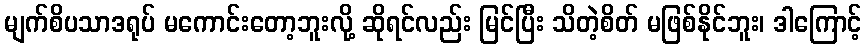
မျက်စိပသာဒရုပ် မကောင်းတော့ဘူးလို့ ဆိုရင်လည်း မြင်ပြီး သိတဲ့စိတ် မဖြစ်နိုင်ဘူး၊ ဒါကြောင့်